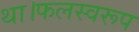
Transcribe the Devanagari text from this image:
था।फलस्वरूप